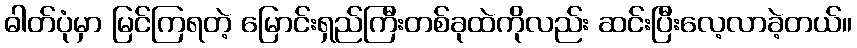
ဓါတ်ပုံမှာ မြင်ကြရတဲ့ မြောင်းရှည်ကြီးတစ်ခုထဲကိုလည်း ဆင်းပြီးလေ့လာခဲ့တယ်။